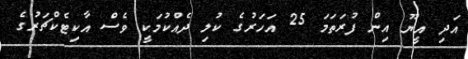
އަދި އީޔޫ އިން ފުރަތަމަ 25 އަހަރުގެ ކުލި ދެއްކުމަކީ ވެސް އާކިޓެކްޗަރުގެ